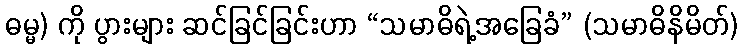
ဓမ္မ) ကို ပွားများ ဆင်ခြင်ခြင်းဟာ “သမာဓိရဲ့အခြေခံ” (သမာဓိနိမိတ်)